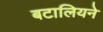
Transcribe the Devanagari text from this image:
बटालियने